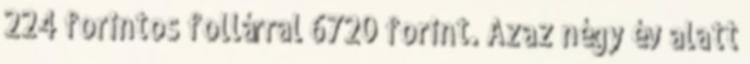
224 forintos follárral 6720 forint. Azaz négy év alatt